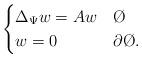
LaTeX: \begin{align*}\begin{cases} \Delta_{\Psi} w = A w & \O \\ w = 0 & \partial \O.\end{cases}\end{align*}